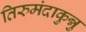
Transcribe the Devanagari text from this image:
तिरुमंदाकुन्नु